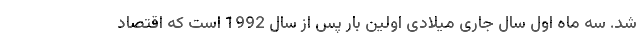
شد. سه ماه اول سال جاری میلادی اولین بار پس از سال 1992 است که اقتصاد